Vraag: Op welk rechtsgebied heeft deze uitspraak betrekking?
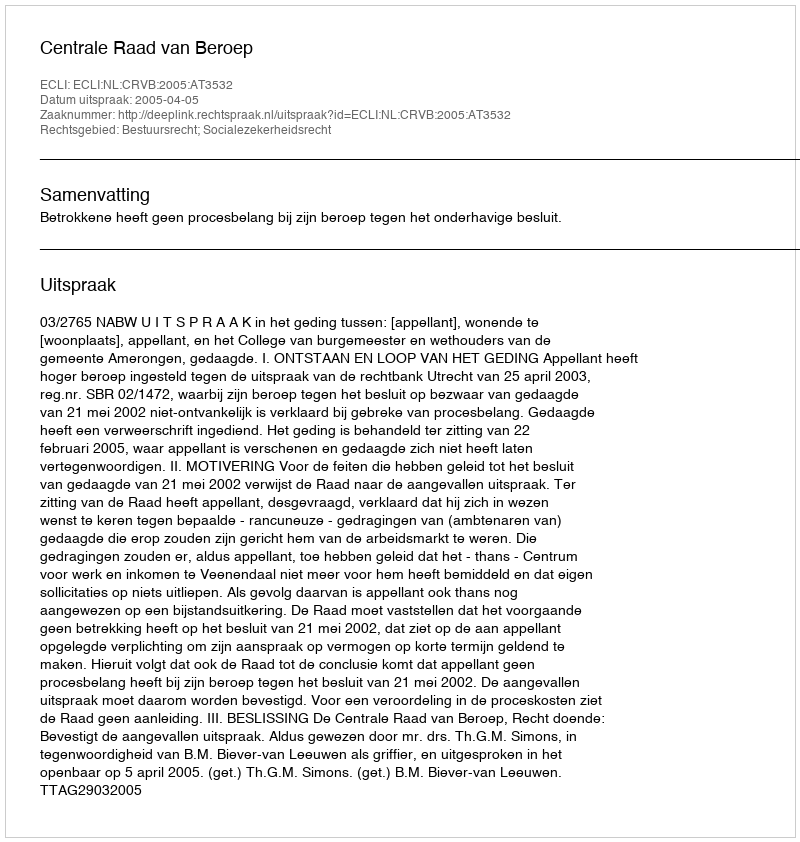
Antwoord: Bestuursrecht; Socialezekerheidsrecht